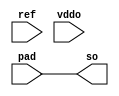
module bw_io_dtl_rcv_dc (
  so, 
  pad, ref, vddo
  );
  output	so;
  input		pad;
  input		ref;
  input		vddo;
  assign so = pad ;
  endmodule